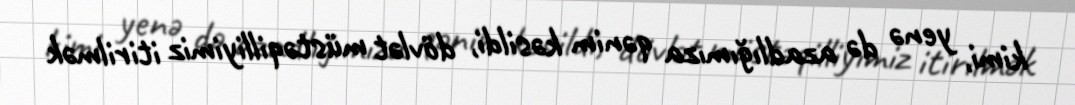
kimi, yenə də azadlığımıza qənim kəsildi, dövlət müstəqilliyimiz itirilmək